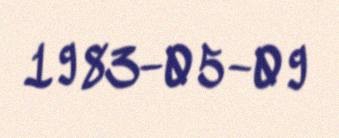
1983-05-09